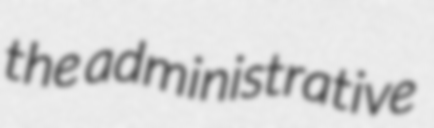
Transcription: the administrative